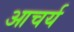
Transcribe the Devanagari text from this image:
आचर्य